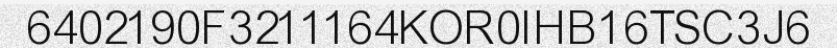
6402190F3211164KOR0IHB16TSC3J6